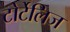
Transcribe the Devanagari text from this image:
टोर्टेलिज